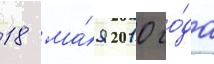
18 ма́я 2010 го́да